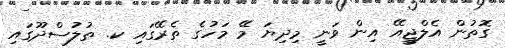
ގޮތުން އެލްޖީއޭ އިން ވަނީ މިދިޔަ މޭ މަހުގެ ތެރޭގައި ކ. ތުލުސްދޫގައި